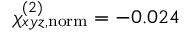
\chi _ { x y z , \mathrm { n o r m } } ^ { ( 2 ) } = - 0 . 0 2 4